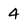
Character: 4